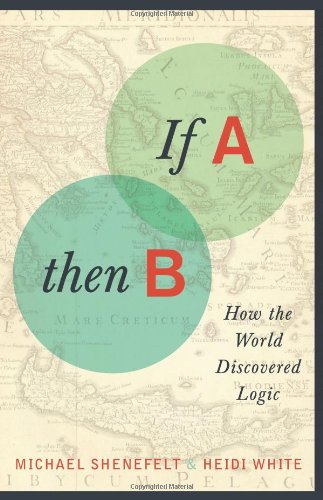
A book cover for If A, Then B: How the World Discovered Logic; Michael Shenefelt; Politics & Social Sciences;